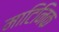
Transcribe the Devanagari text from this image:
माटिनिक